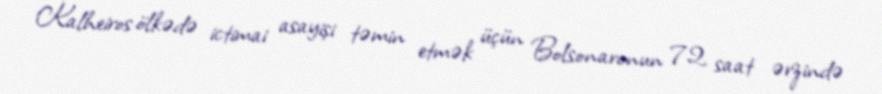
Kalheiros ölkədə ictimai asayişi təmin etmək üçün Bolsonaronun 72 saat ərzində